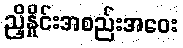
ညှိနှိုင်းအစည်းအဝေး